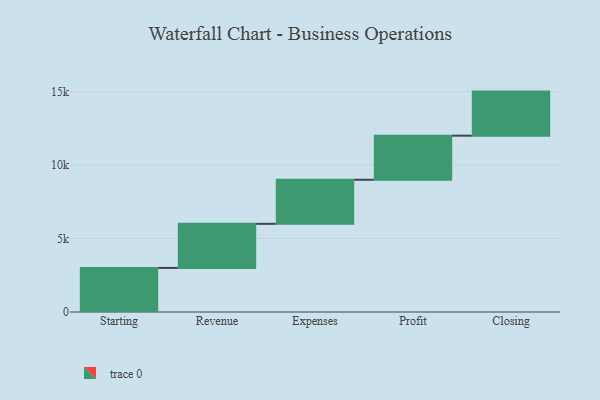
{"axis": {"x": "Step", "y": "Value"}, "legend": [""], "data": [{"x": "Starting", "y": 3000, "type": ""}, {"x": "Revenue", "y": 3000, "type": ""}, {"x": "Expenses", "y": 3000, "type": ""}, {"x": "Profit", "y": 3000, "type": ""}, {"x": "Closing", "y": 3000, "type": ""}]}